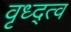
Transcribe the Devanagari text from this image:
वृध्द्त्व